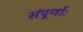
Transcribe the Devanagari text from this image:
संपूर्णाः